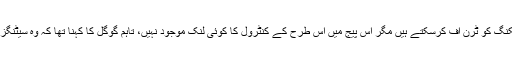
گوگل کے مطابق صارفین اس ٹریکنگ کو ٹرن آف کرسکتے ہیں مگر اس پیج میں اس طرح کے کنٹرول کا کوئی لنک موجود نہیں، تاہم گوگل کا کہنا تھا کہ وہ سیٹنگز کو آسان بنانے پر کام کررہی ہے۔